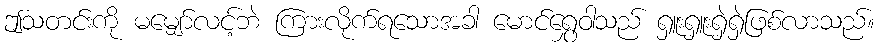
ဤသတင်းကို မမျှော်လင့်ဘဲ ကြားလိုက်ရသောအခါ မောင်ရွှေဝါသည် ရှူးရှူးရှဲရှဲဖြစ်လာသည်။